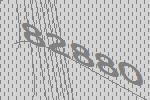
82880